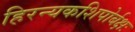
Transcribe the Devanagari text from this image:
हिरन्यकशिपोर्बक्षः